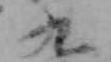
九